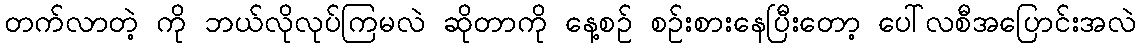
တက်လာတဲ့ ကို ဘယ်လိုလုပ်ကြမလဲ ဆိုတာကို နေ့စဉ် စဉ်းစားနေပြီးတော့ ပေါ်လစီအပြောင်းအလဲ